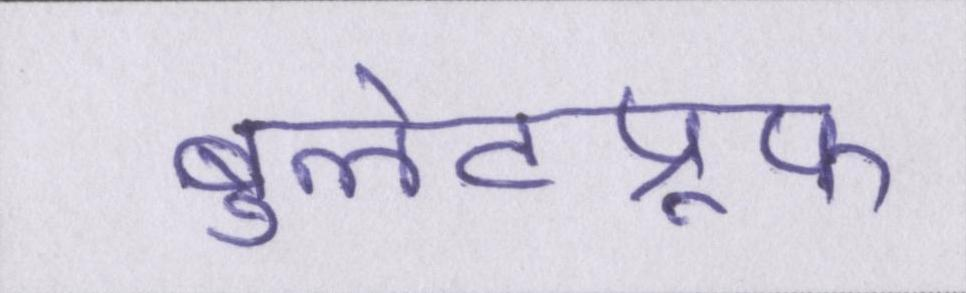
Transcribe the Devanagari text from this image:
बुलेटप्रूफ